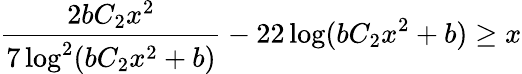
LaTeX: \frac{2bC_{2}x^{2}}{7\log^{2}(bC_{2}x^{2}+b)}-22\log(bC_{2}x^{2}+b)\geq x